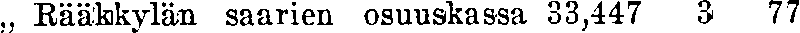
,, Rääkkylän saarien osuuskassa 33,447 3 77